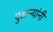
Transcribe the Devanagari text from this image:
पुढार्‍यांनी